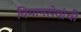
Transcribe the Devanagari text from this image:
विमानसेवांची